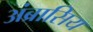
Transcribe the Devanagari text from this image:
अंब्रासिय